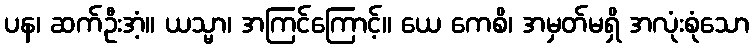
ပန၊ ဆက်ဦးအံ့။ ယသ္မာ၊ အကြင်ကြောင့်။ ယေ ကေစိ၊ အမှတ်မရှိ အလုံးစုံသော